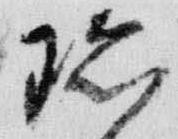
珍